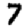
Digit: 7